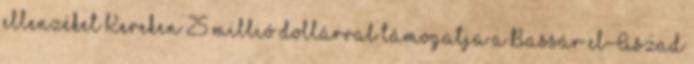
ellenzéket Kereken 25 millió dollárral támogatja a Bassár el-Aszad